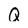
Character: Q